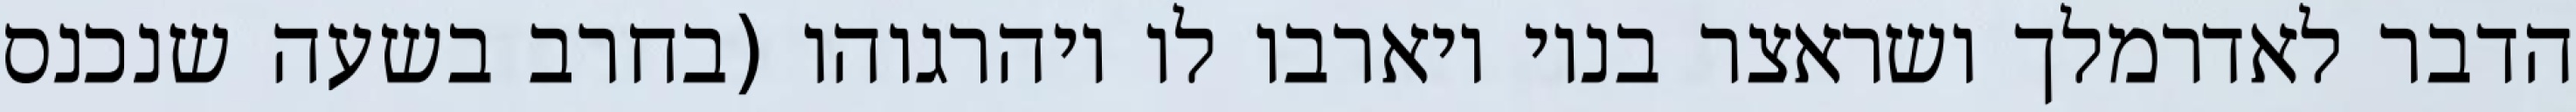
הדבר לאדרמלך ושראצר בניו ויארבו לו ויהרגוהו (בחרב בשעה שנכנס